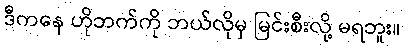
ဒီကနေ ဟိုဘက်ကို ဘယ်လိုမှ မြင်းစီးလို့ မရဘူး။